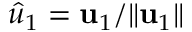
\hat { u } _ { 1 } = \mathbf { u } _ { 1 } / \lVert \mathbf { u } _ { 1 } \rVert